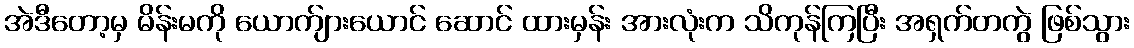
အဲဒီတော့မှ မိန်းမကို ယောက်ျားယောင် ဆောင် ထားမှန်း အားလုံးက သိကုန်ကြပြီး အရှက်တကွဲ ဖြစ်သွား